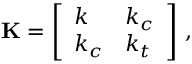
\mathbf { K } = \left[ \begin{array} { l l } { k } & { k _ { c } } \\ { k _ { c } } & { k _ { t } } \end{array} \right] \, ,